Malaria in the Duars
Disease focus: Malaria
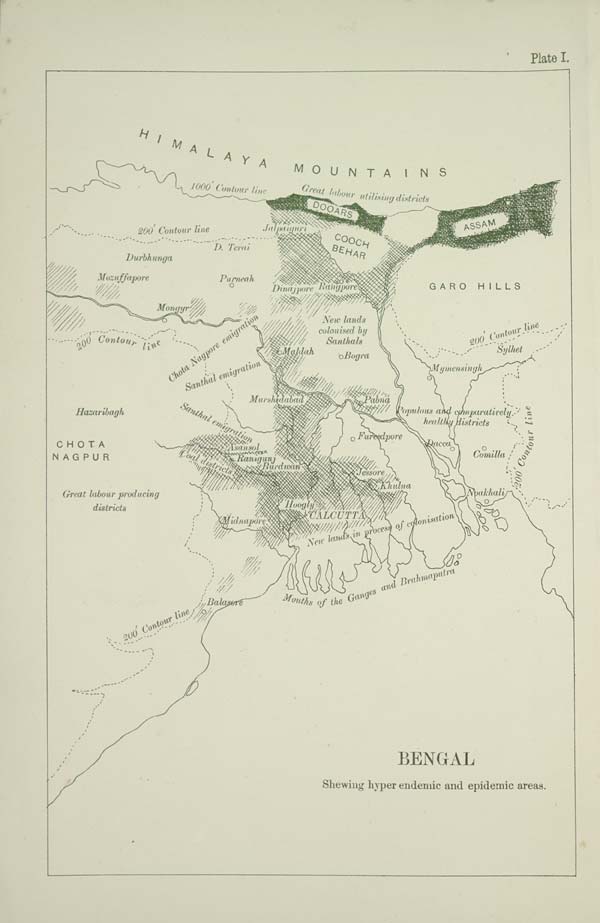
Plate I.
BENGAL
Shewing hyper endemic and epidemic areas.